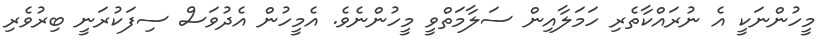
މީހުންނަކީ އެ ނުރައްކާތެރި ހަމަލާއިން ސަލާމަތްވީ މީހުންނެވެ. އެމީހުން އެދުވަސް ސިފަކުރަނީ ބިރުވެރި